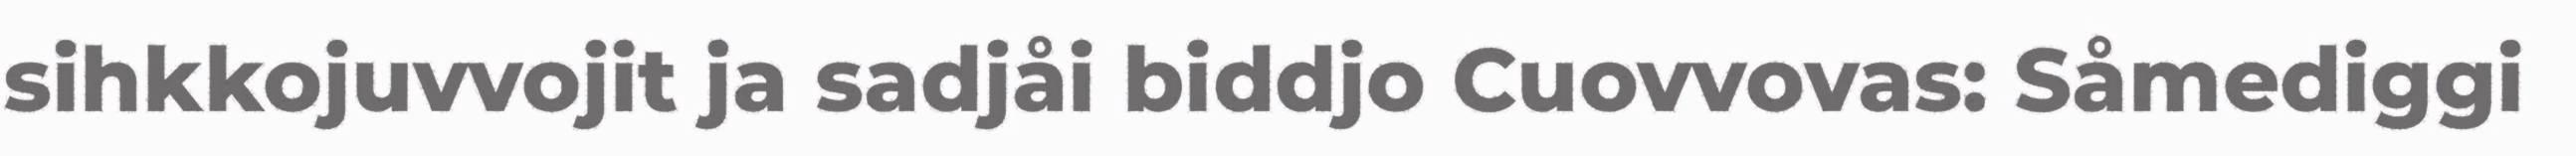
sihkkojuvvojit ja sadjåi biddjo Cuovvovas: Såmediggi